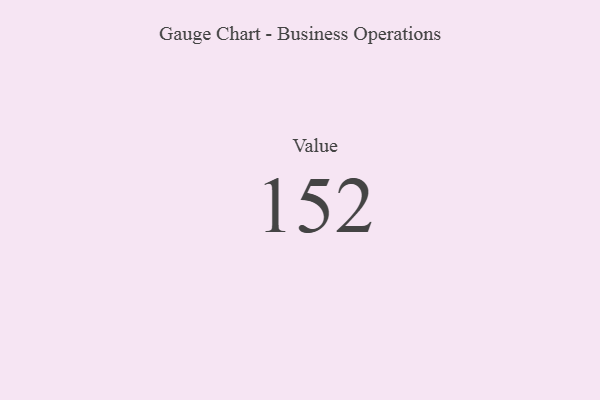
{"axis": {"x": "Metric", "y": "Value"}, "legend": [""], "data": [{"x": "Value", "y": 152, "type": ""}]}